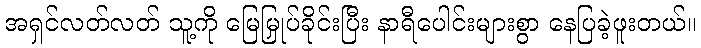
အရှင်လတ်လတ် သူ့ကို မြေမြှုပ်ခိုင်းပြီး နာရီပေါင်းများစွာ နေပြခဲ့ဖူးတယ်။